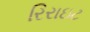
રિરાઇટ